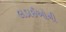
લડાઈઓની